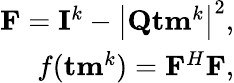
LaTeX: \begin{array}{r}{{\mathbf F}={\mathbf{I}}^{k}-\left|{\mathbf{Q}}{\mathbf{tm}}^{k}\right|^{2},}\\ {f({\mathbf{tm}}^{k})={\mathbf F}^{H}{\mathbf F},}\end{array}